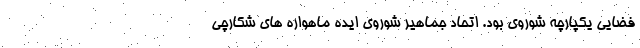
فضایی یکپارچه شوروی بود. اتحاد جماهیر شوروی ایده ماهواره های شکارچی